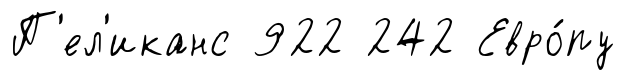
П'ел'иканс 922 242 Евро́пу